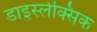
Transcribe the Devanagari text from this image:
डाइस्लेक्सिक